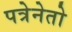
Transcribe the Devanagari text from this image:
पत्रेनेतो